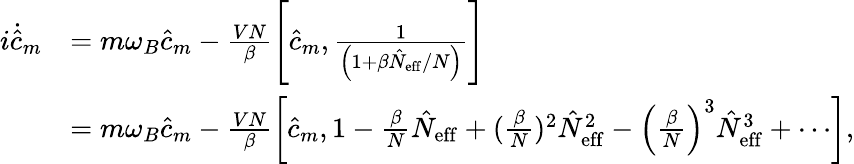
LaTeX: \begin{array}{rl}{i\dot{\hat{c}}_{m}}&{=m\omega_{B}\hat{c}_{m}-\frac{VN}{\beta}\left[\hat{c}_{m},\frac{1}{\left(1+\beta\hat{N}_{\mathrm{eff}}/N\right)}\right]}\\ &{=m\omega_{B}\hat{c}_{m}-\frac{VN}{\beta}\left[\hat{c}_{m},1-\frac{\beta}{N}\hat{N}_{\mathrm{eff}}+(\frac{\beta}{N})^{2}\hat{N}_{\mathrm{eff}}^{2}-\left(\frac{\beta}{N}\right)^{3}\hat{N}_{\mathrm{eff}}^{3}+\cdots\right],}\end{array}